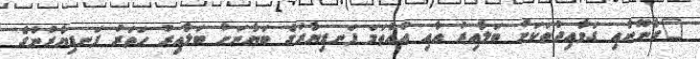
"ގާނޫނާއި ގަވާއިދުތަކަށް ބަލާއިރު އާއި އުއްތަމަ ފަނޑިޔާރުގެ ބަޔާނަށް ބަލާއިރު ހަތަރު ފަނޑިޔާރުންގެ